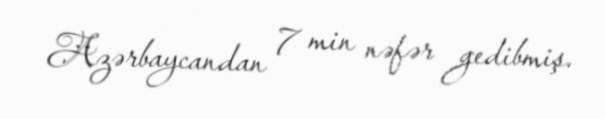
Azərbaycandan 7 min nəfər gedibmiş.